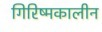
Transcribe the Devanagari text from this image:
गिरिष्मकालीन